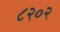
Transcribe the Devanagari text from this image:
८२०२